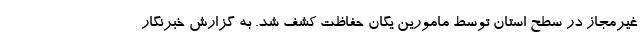
غیرمجاز در سطح استان توسط مامورین یگان حفاظت کشف شد. به گزارش خبرنگار